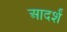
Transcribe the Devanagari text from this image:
आदर्शं